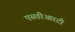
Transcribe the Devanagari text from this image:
एसडीआरटी